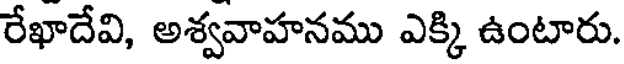
రేఖాదేవి, అశ్వవాహనము ఎక్కి ఉంటారు.